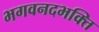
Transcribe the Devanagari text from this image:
भगवनदभक्ति